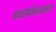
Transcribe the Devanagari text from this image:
संघर्षकाळात